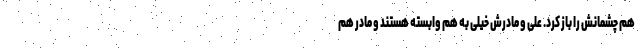
هم چشمانش را باز کرد. علی و مادرش خیلی به هم وابسته هستند و مادر هم